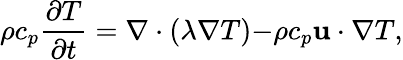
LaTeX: \rho c_{p}\frac{\partial T}{\partial t}=\nabla\cdot(\lambda\nabla T){-\rho c_{p}{\mathbf{u}}\cdot\nabla T},